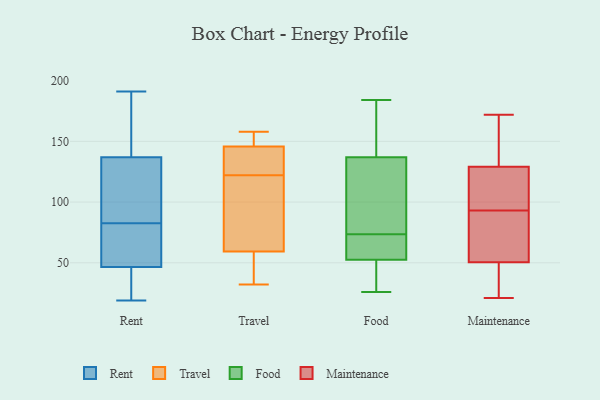
{"axis": {"x": "Gross Profit (USD K)", "y": "Value"}, "legend": ["Food", "Maintenance", "Rent", "Travel"], "data": [{"x": "", "y": 138, "type": "Rent"}, {"x": "", "y": 80, "type": "Rent"}, {"x": "", "y": 112, "type": "Rent"}, {"x": "", "y": 68, "type": "Rent"}, {"x": "", "y": 74, "type": "Rent"}, {"x": "", "y": 49, "type": "Rent"}, {"x": "", "y": 120, "type": "Rent"}, {"x": "", "y": 87, "type": "Rent"}, {"x": "", "y": 31, "type": "Rent"}, {"x": "", "y": 44, "type": "Rent"}, {"x": "", "y": 162, "type": "Rent"}, {"x": "", "y": 167, "type": "Rent"}, {"x": "", "y": 19, "type": "Rent"}, {"x": "", "y": 43, "type": "Rent"}, {"x": "", "y": 136, "type": "Rent"}, {"x": "", "y": 191, "type": "Rent"}, {"x": "", "y": 144, "type": "Rent"}, {"x": "", "y": 30, "type": "Rent"}, {"x": "", "y": 85, "type": "Rent"}, {"x": "", "y": 76, "type": "Rent"}, {"x": "", "y": 152, "type": "Travel"}, {"x": "", "y": 148, "type": "Travel"}, {"x": "", "y": 158, "type": "Travel"}, {"x": "", "y": 150, "type": "Travel"}, {"x": "", "y": 122, "type": "Travel"}, {"x": "", "y": 37, "type": "Travel"}, {"x": "", "y": 44, "type": "Travel"}, {"x": "", "y": 32, "type": "Travel"}, {"x": "", "y": 54, "type": "Travel"}, {"x": "", "y": 115, "type": "Travel"}, {"x": "", "y": 139, "type": "Travel"}, {"x": "", "y": 133, "type": "Travel"}, {"x": "", "y": 75, "type": "Travel"}, {"x": "", "y": 129, "type": "Travel"}, {"x": "", "y": 119, "type": "Travel"}, {"x": "", "y": 26, "type": "Food"}, {"x": "", "y": 152, "type": "Food"}, {"x": "", "y": 62, "type": "Food"}, {"x": "", "y": 100, "type": "Food"}, {"x": "", "y": 28, "type": "Food"}, {"x": "", "y": 130, "type": "Food"}, {"x": "", "y": 27, "type": "Food"}, {"x": "", "y": 41, "type": "Food"}, {"x": "", "y": 60, "type": "Food"}, {"x": "", "y": 57, "type": "Food"}, {"x": "", "y": 164, "type": "Food"}, {"x": "", "y": 85, "type": "Food"}, {"x": "", "y": 144, "type": "Food"}, {"x": "", "y": 50, "type": "Food"}, {"x": "", "y": 124, "type": "Food"}, {"x": "", "y": 151, "type": "Food"}, {"x": "", "y": 55, "type": "Food"}, {"x": "", "y": 59, "type": "Food"}, {"x": "", "y": 184, "type": "Food"}, {"x": "", "y": 125, "type": "Food"}, {"x": "", "y": 108, "type": "Maintenance"}, {"x": "", "y": 63, "type": "Maintenance"}, {"x": "", "y": 43, "type": "Maintenance"}, {"x": "", "y": 69, "type": "Maintenance"}, {"x": "", "y": 27, "type": "Maintenance"}, {"x": "", "y": 114, "type": "Maintenance"}, {"x": "", "y": 135, "type": "Maintenance"}, {"x": "", "y": 93, "type": "Maintenance"}, {"x": "", "y": 21, "type": "Maintenance"}, {"x": "", "y": 163, "type": "Maintenance"}, {"x": "", "y": 53, "type": "Maintenance"}, {"x": "", "y": 172, "type": "Maintenance"}, {"x": "", "y": 127, "type": "Maintenance"}]}